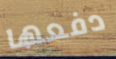
دفعها